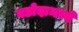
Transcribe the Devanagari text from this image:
बडोदामध्ये